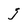
Character: j